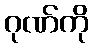
ဂုဏ်ကို